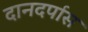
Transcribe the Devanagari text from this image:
दानदर्पास